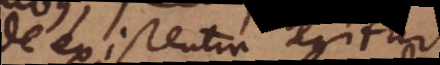
de existentia agitur